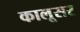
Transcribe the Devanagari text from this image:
कालूसर